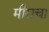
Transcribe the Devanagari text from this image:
मीराचा